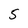
Character: 5